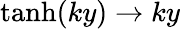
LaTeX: \operatorname{tanh}(ky)\to ky